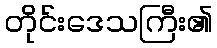
တိုင်းဒေသကြီး၏